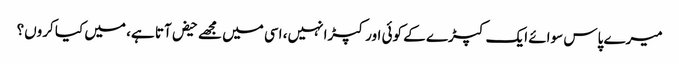
میرے پاس سوائے ایک کپڑے کے کوئی اور کپڑا نہیں، اسی میں مجھے حیض آتا ہے، میں کیا کروں؟